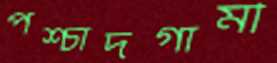
পশ্চাদগামী